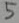
Text: 5